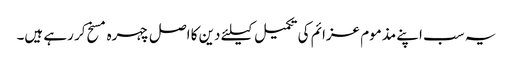
یہ سب اپنے مذموم عزائم کی تکمیل کیلئے دین کا اصل چہره مسخ کر رہے ہیں۔